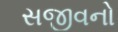
સજીવનો